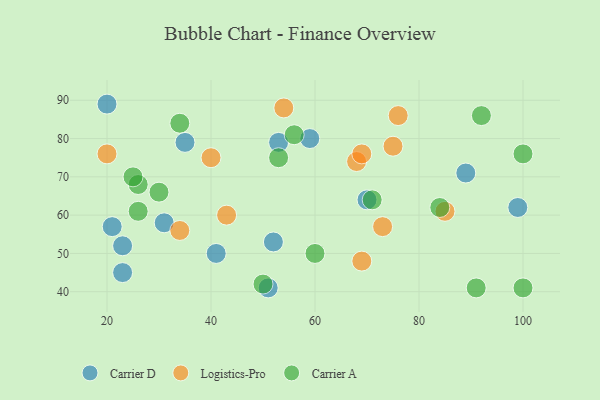
{"axis": {"x": "GDP", "y": "Life Expectancy"}, "legend": ["Carrier A", "Carrier D", "Logistics-Pro"], "data": [{"x": "52", "y": 53, "type": "Carrier D"}, {"x": "35", "y": 79, "type": "Carrier D"}, {"x": "89", "y": 71, "type": "Carrier D"}, {"x": "23", "y": 52, "type": "Carrier D"}, {"x": "41", "y": 50, "type": "Carrier D"}, {"x": "20", "y": 89, "type": "Carrier D"}, {"x": "53", "y": 79, "type": "Carrier D"}, {"x": "70", "y": 64, "type": "Carrier D"}, {"x": "99", "y": 62, "type": "Carrier D"}, {"x": "59", "y": 80, "type": "Carrier D"}, {"x": "31", "y": 58, "type": "Carrier D"}, {"x": "21", "y": 57, "type": "Carrier D"}, {"x": "51", "y": 41, "type": "Carrier D"}, {"x": "23", "y": 45, "type": "Carrier D"}, {"x": "54", "y": 88, "type": "Logistics-Pro"}, {"x": "68", "y": 74, "type": "Logistics-Pro"}, {"x": "34", "y": 56, "type": "Logistics-Pro"}, {"x": "85", "y": 61, "type": "Logistics-Pro"}, {"x": "76", "y": 86, "type": "Logistics-Pro"}, {"x": "73", "y": 57, "type": "Logistics-Pro"}, {"x": "43", "y": 60, "type": "Logistics-Pro"}, {"x": "69", "y": 48, "type": "Logistics-Pro"}, {"x": "40", "y": 75, "type": "Logistics-Pro"}, {"x": "69", "y": 76, "type": "Logistics-Pro"}, {"x": "75", "y": 78, "type": "Logistics-Pro"}, {"x": "20", "y": 76, "type": "Logistics-Pro"}, {"x": "91", "y": 41, "type": "Carrier A"}, {"x": "26", "y": 68, "type": "Carrier A"}, {"x": "26", "y": 61, "type": "Carrier A"}, {"x": "84", "y": 62, "type": "Carrier A"}, {"x": "53", "y": 75, "type": "Carrier A"}, {"x": "100", "y": 76, "type": "Carrier A"}, {"x": "34", "y": 84, "type": "Carrier A"}, {"x": "30", "y": 66, "type": "Carrier A"}, {"x": "100", "y": 41, "type": "Carrier A"}, {"x": "25", "y": 70, "type": "Carrier A"}, {"x": "50", "y": 42, "type": "Carrier A"}, {"x": "71", "y": 64, "type": "Carrier A"}, {"x": "60", "y": 50, "type": "Carrier A"}, {"x": "56", "y": 81, "type": "Carrier A"}, {"x": "92", "y": 86, "type": "Carrier A"}]}